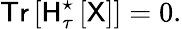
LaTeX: {\sf Tr}\left[{\sf H}_{\tau}^{\star}\left[\sf X\right]\right]=0.